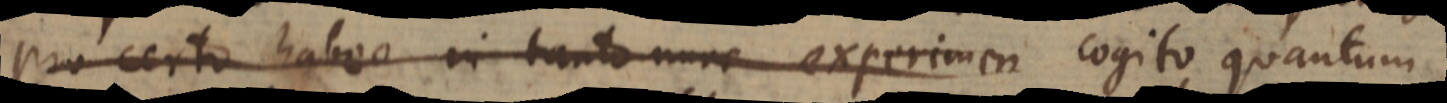
pro certo habeo in tanto nunc experimen cogito quantum